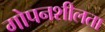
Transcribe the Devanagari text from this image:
गोपनशीलता